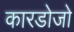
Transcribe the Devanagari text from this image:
कारडोजो